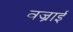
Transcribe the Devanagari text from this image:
वज्राई